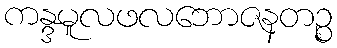
ကန္ဒမူလဖလဘောဇနတဉ္စ